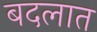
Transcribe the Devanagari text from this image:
बदलात